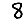
Digit: 8